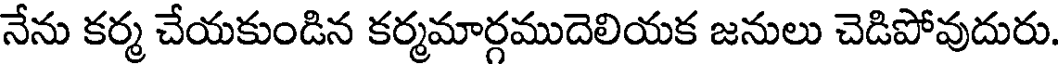
నేను కర్మ చేయకుండిన కర్మమార్గముదెలియక జనులు చెడిపోవుదురు